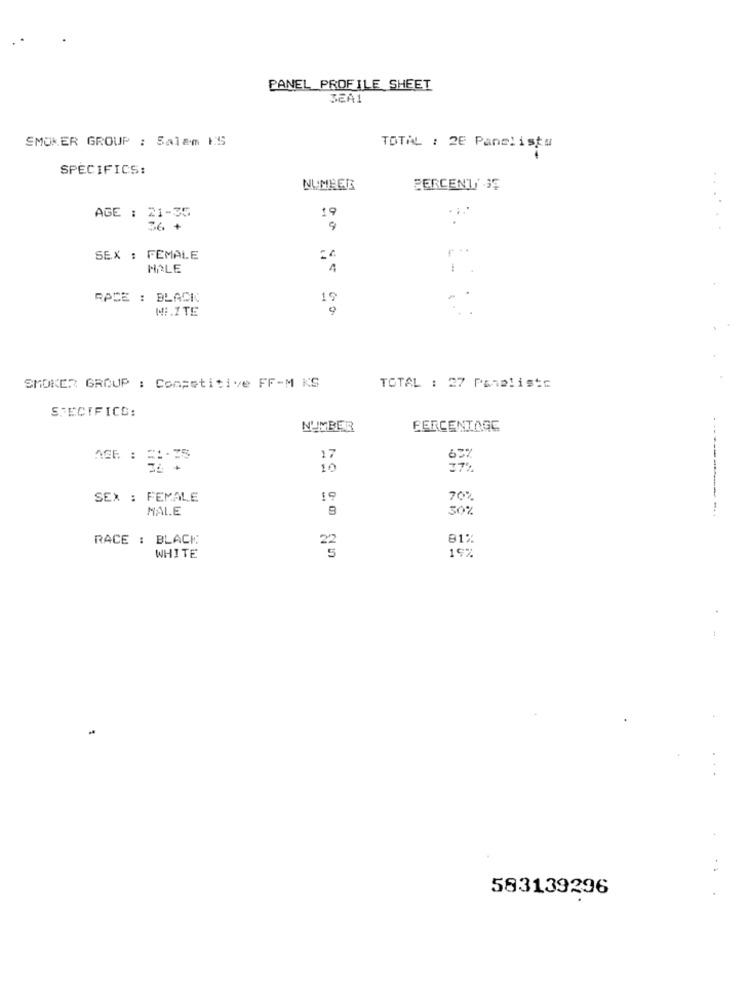
PANEL PROFILE SHEET
3EA1
SMOKER GROUP : Salem KS
TOTAL : 28 Panelistu
SPECIFICS:
NUMBER
PERCENT 3E
19
AGE : 21-35
36 +
9
. ..
SEX : FEMALE
HALE
RACE : BLACK
19
MI.ITE
SMOKER GROUP : Competitive FF-M KS
TOTAL : 27 Panelistc
SPECIFICS:
NUMBER
PERCENTAGE
17
637
AGE : 51-75
10
SEX : FEMALE
19
70%
MALE
30%
RACE : BLACK
81%
2
19%
WHITE
583139296